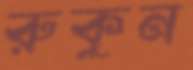
রুকুন